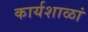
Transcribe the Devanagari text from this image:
कार्यशाळां